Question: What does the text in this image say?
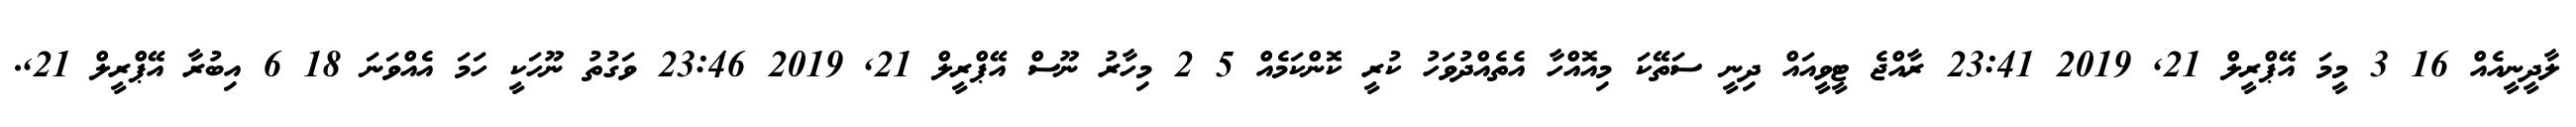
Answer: ލާދީނީއެއް 16 3 މީމަ އޭޕްރީލް 21, 2019 23:41 ރާއްޖެ ޓީވީއައް ދިނީ ސަތޭކަ މިއޮއްހާ އެތެއްދުވަހު ކުރީ ކޮންކަމެއް 5 2 މިހާރު ނޫސް އޭޕްރީލް 21, 2019 23:46 ވަގުތު ނޫހަކީ ހަމަ އެއްވަނަ 18 6 އިބުރާ އޭޕްރީލް 21,.